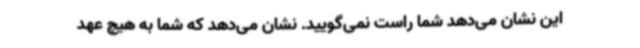
این نشان می‌دهد شما راست نمی‌گویید. نشان می‌دهد که شما به هیچ عهد